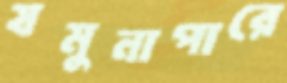
যমুনাপারে